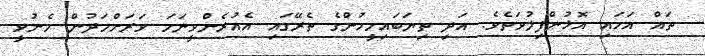
ތައް އަހައި އޮޅުންފިލުވަތެވެ. އަދި ތިޔަބައިމީހުންގެ ތެރޭގައި އެއުރެންވީނަމަ ވަރަށްމަދުން މެނުވީ